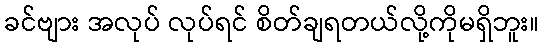
ခင်ဗျား အလုပ် လုပ်ရင် စိတ်ချရတယ်လို့ကိုမရှိဘူး။